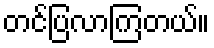
တင်ပြလာကြတယ်။